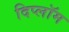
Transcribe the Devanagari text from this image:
दिप्लॉम